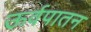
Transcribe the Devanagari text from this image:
ऊर्वपातन